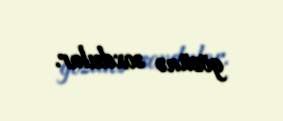
gözünə soxdular.